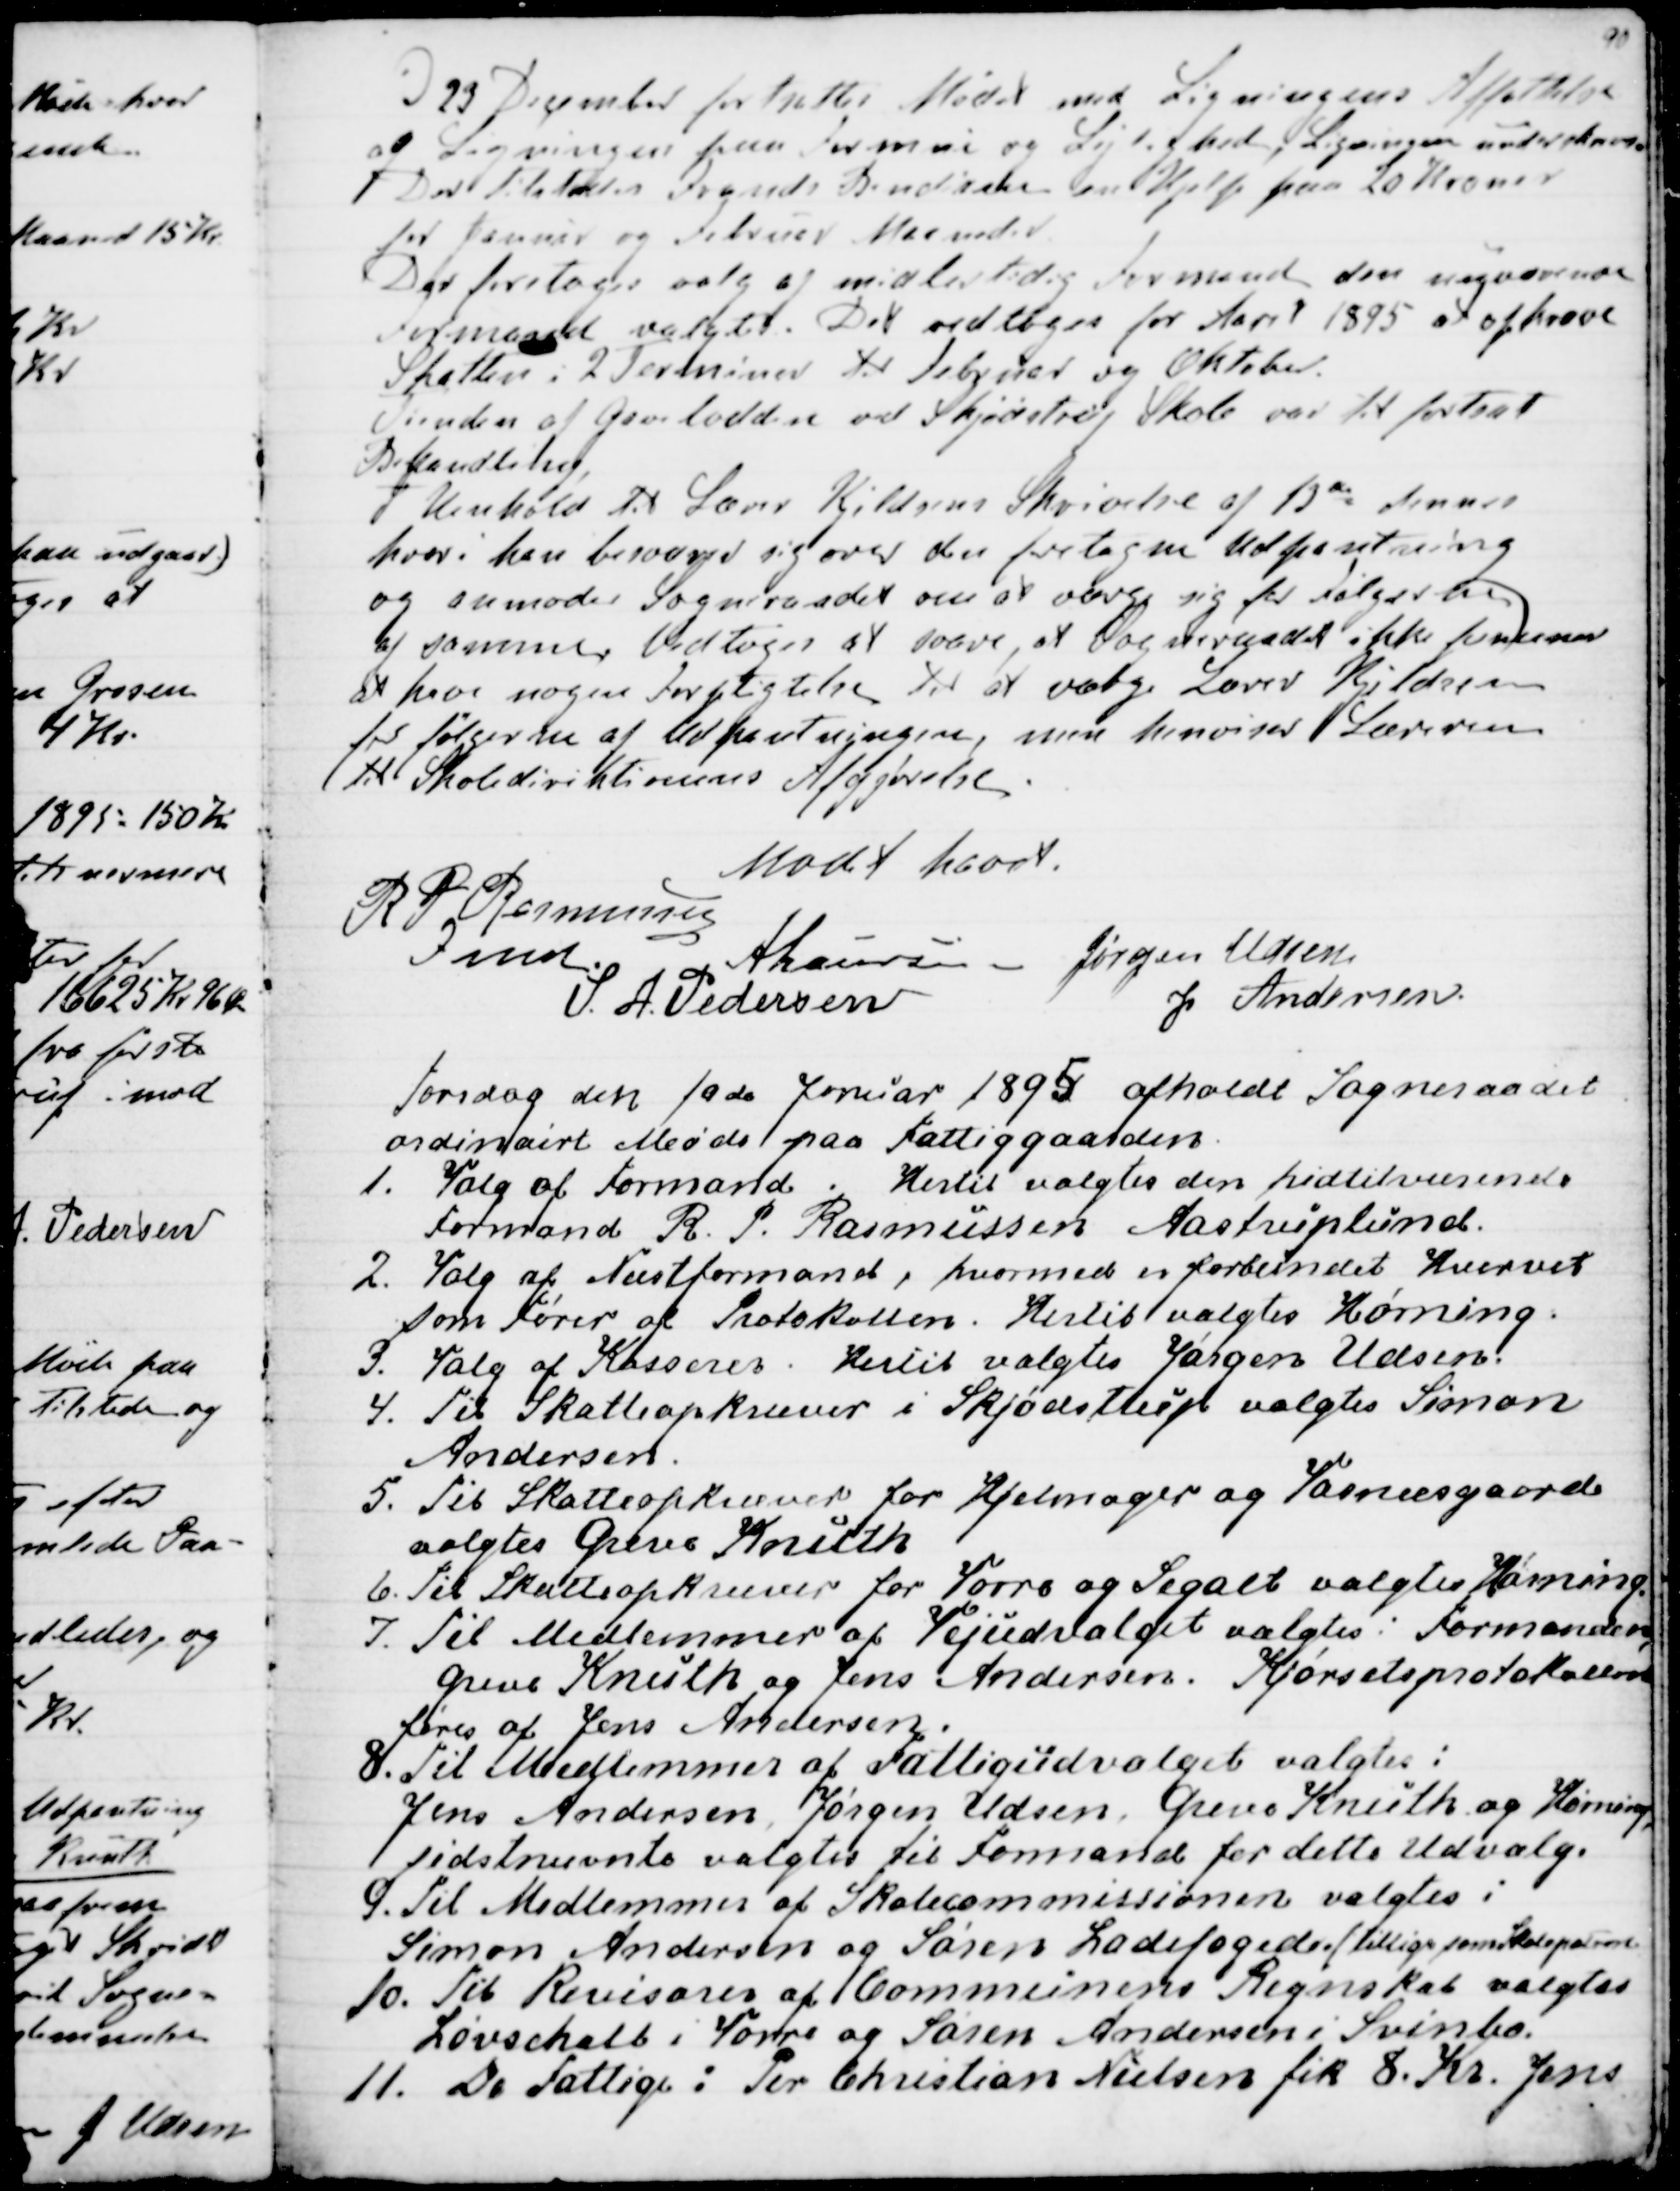
Transskription:
d 23 December fortsattes Mødet med Ligningens Affattelse
af Ligningen paa Formue og Lejlighed, Ligningen underskreven
Der tilstodes Frands Bendixen en Hjelp paa 20 Kroner
for Januar og Februar Maaneder.
Der foretoges valg af midlertidig Formand den nuværende
Formand valgtes. Det vedtoges for Aaret 1895 at opkræve
Skatten i 2 Terminer til Februar og Oktober.
Tienden af Gavelodden ved Skjødstrup Skole var til fortsat
Behandling.
I Henhold til Lærer Kjeldsens Skrivelse af 13de dennes
hvori han besværer sig over den foretagne Udpantning
og anmoder Sogneraadet om at værge sig for Følgerne
af samme, Vedtoges at svare, at Sogneraadet ikke formener
at have nogen Forpligtelse til at værge Lærer Kjeldsen
for følgerne af Udpantningen, men henviser Læreren
til Skolediriktionens Afgørelse.
Mødet hævet
R P Rasmussen
Fmd.
A Laursen
Jørgen Udsen
S. A. Pedersen
J Andersen.

Torsdag den 10de Januar 1895 afholdt Sogneraadet
ordinairt Møde paa Fattiggaarden.
1. Valg af Formand. Hertil valgtes den hidtilværende
Formand R. P. Rasmussen Aastruplund.
2. Valg af Næstformand, hvormed er forbundet Hvervet
som Fører af Protokollen. Hertil valgtes Hørning.
3. Valg af Kasserer. Hertil valgtes Jørgen Udsen.
4. Til Skatteopkræver i Skjødstrup valgtes Simon
Andersen.
5. Til Skatteopkræver for Hjelmager og Vosnæsgaard
valgtes Greve Knuth
6. Til Skatteopkræver for Vorre og Segalt valgtes Hørning.
7. Til Medlemmer af Vejudvalget valgtes : Formanden og
Greve Knuth og Jens Andersen. Kjørselsprotokollen
føres af Jens Andersen.
8. Til Medlemmer af Fattigudvalget valgtes:
Jens Andersen, Jørgen Udsen, Greve Knuth og Hørning,
sidstnævnte valgtes til Formand for dette Udvalg.
9. Til Medlemmer af Skolecommissionen valgtes:
Simon Andersen og Søren Ladefoged. (tillige som Skolepatron
10. Til Revisorer af Communens Regnskab valgtes
Løvschall i Vorre og Søren Andersen i Svinbo.
11. De Fattige: Per Christian Nielsen fik 8. Kr. Jens